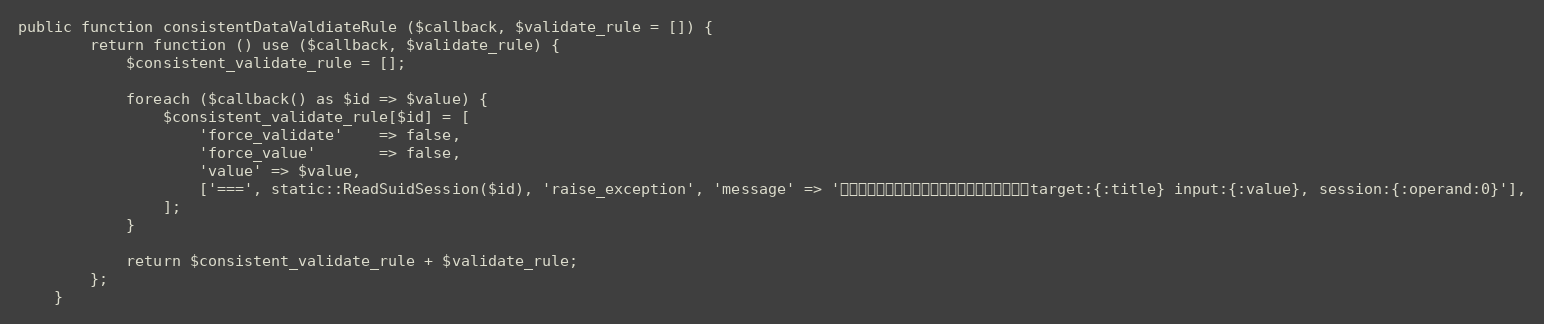
Language: PHP
public function consistentDataValdiateRule ($callback, $validate_rule = []) {
		return function () use ($callback, $validate_rule) {
			$consistent_validate_rule = [];

			foreach ($callback() as $id => $value) {
				$consistent_validate_rule[$id] = [
					'force_validate'	=> false,
					'force_value'		=> false,
					'value'	=> $value,
					['===', static::ReadSuidSession($id), 'raise_exception', 'message' => 'トランザクション中固定値がマッチしません。target:{:title} input:{:value}, session:{:operand:0}'],
				];
			}

			return $consistent_validate_rule + $validate_rule;
		};
	}